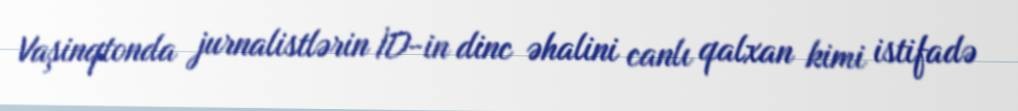
Vaşinqtonda jurnalistlərin İD-in dinc əhalini canlı qalxan kimi istifadə